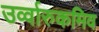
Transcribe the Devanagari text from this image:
उर्व्वारुकमिव